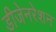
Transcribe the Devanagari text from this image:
डीजेनरेशन